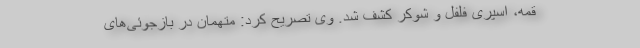
قمه، اسپری فلفل و شوکر کشف شد. وی تصریح کرد: متهمان در بازجوئی‌های